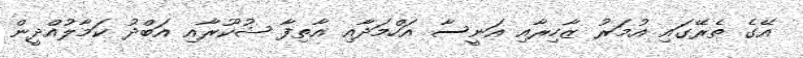
އޭގެ ތެރޭގައި އުމަރު ޒާހިރާއި އަނީސާ އަހްމަދާއި އާތިފާ ޝުކޫރާއި އަބްދު ކަމާލުއްދީން